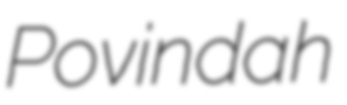
Povindah